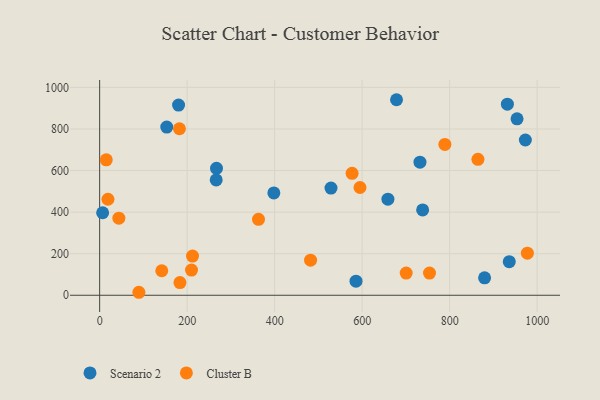
{"axis": {"x": "Engine Size", "y": "Sales"}, "legend": ["Cluster B", "Scenario 2"], "data": [{"x": "398.2", "y": 492.4, "type": "Scenario 2"}, {"x": "266.4", "y": 554.6, "type": "Scenario 2"}, {"x": "738.3", "y": 410.5, "type": "Scenario 2"}, {"x": "936.3", "y": 161.3, "type": "Scenario 2"}, {"x": "180.4", "y": 914.7, "type": "Scenario 2"}, {"x": "586.0", "y": 67.8, "type": "Scenario 2"}, {"x": "6.8", "y": 396.8, "type": "Scenario 2"}, {"x": "267.1", "y": 610.5, "type": "Scenario 2"}, {"x": "678.6", "y": 940.5, "type": "Scenario 2"}, {"x": "879.9", "y": 83.9, "type": "Scenario 2"}, {"x": "153.4", "y": 808.8, "type": "Scenario 2"}, {"x": "658.9", "y": 461.9, "type": "Scenario 2"}, {"x": "932.0", "y": 918.9, "type": "Scenario 2"}, {"x": "973.1", "y": 746.7, "type": "Scenario 2"}, {"x": "732.2", "y": 640.1, "type": "Scenario 2"}, {"x": "528.8", "y": 515.7, "type": "Scenario 2"}, {"x": "954.1", "y": 848.8, "type": "Scenario 2"}, {"x": "210.0", "y": 121.2, "type": "Cluster B"}, {"x": "577.0", "y": 586.7, "type": "Cluster B"}, {"x": "700.7", "y": 106.7, "type": "Cluster B"}, {"x": "19.0", "y": 461.8, "type": "Cluster B"}, {"x": "15.1", "y": 651.5, "type": "Cluster B"}, {"x": "595.1", "y": 518.2, "type": "Cluster B"}, {"x": "142.0", "y": 117.8, "type": "Cluster B"}, {"x": "43.9", "y": 370.8, "type": "Cluster B"}, {"x": "183.5", "y": 61.1, "type": "Cluster B"}, {"x": "182.4", "y": 800.8, "type": "Cluster B"}, {"x": "482.1", "y": 168.9, "type": "Cluster B"}, {"x": "363.1", "y": 365.1, "type": "Cluster B"}, {"x": "864.7", "y": 653.9, "type": "Cluster B"}, {"x": "754.0", "y": 106.8, "type": "Cluster B"}, {"x": "212.3", "y": 188.4, "type": "Cluster B"}, {"x": "789.1", "y": 725.6, "type": "Cluster B"}, {"x": "977.7", "y": 202.2, "type": "Cluster B"}, {"x": "89.7", "y": 14.3, "type": "Cluster B"}]}